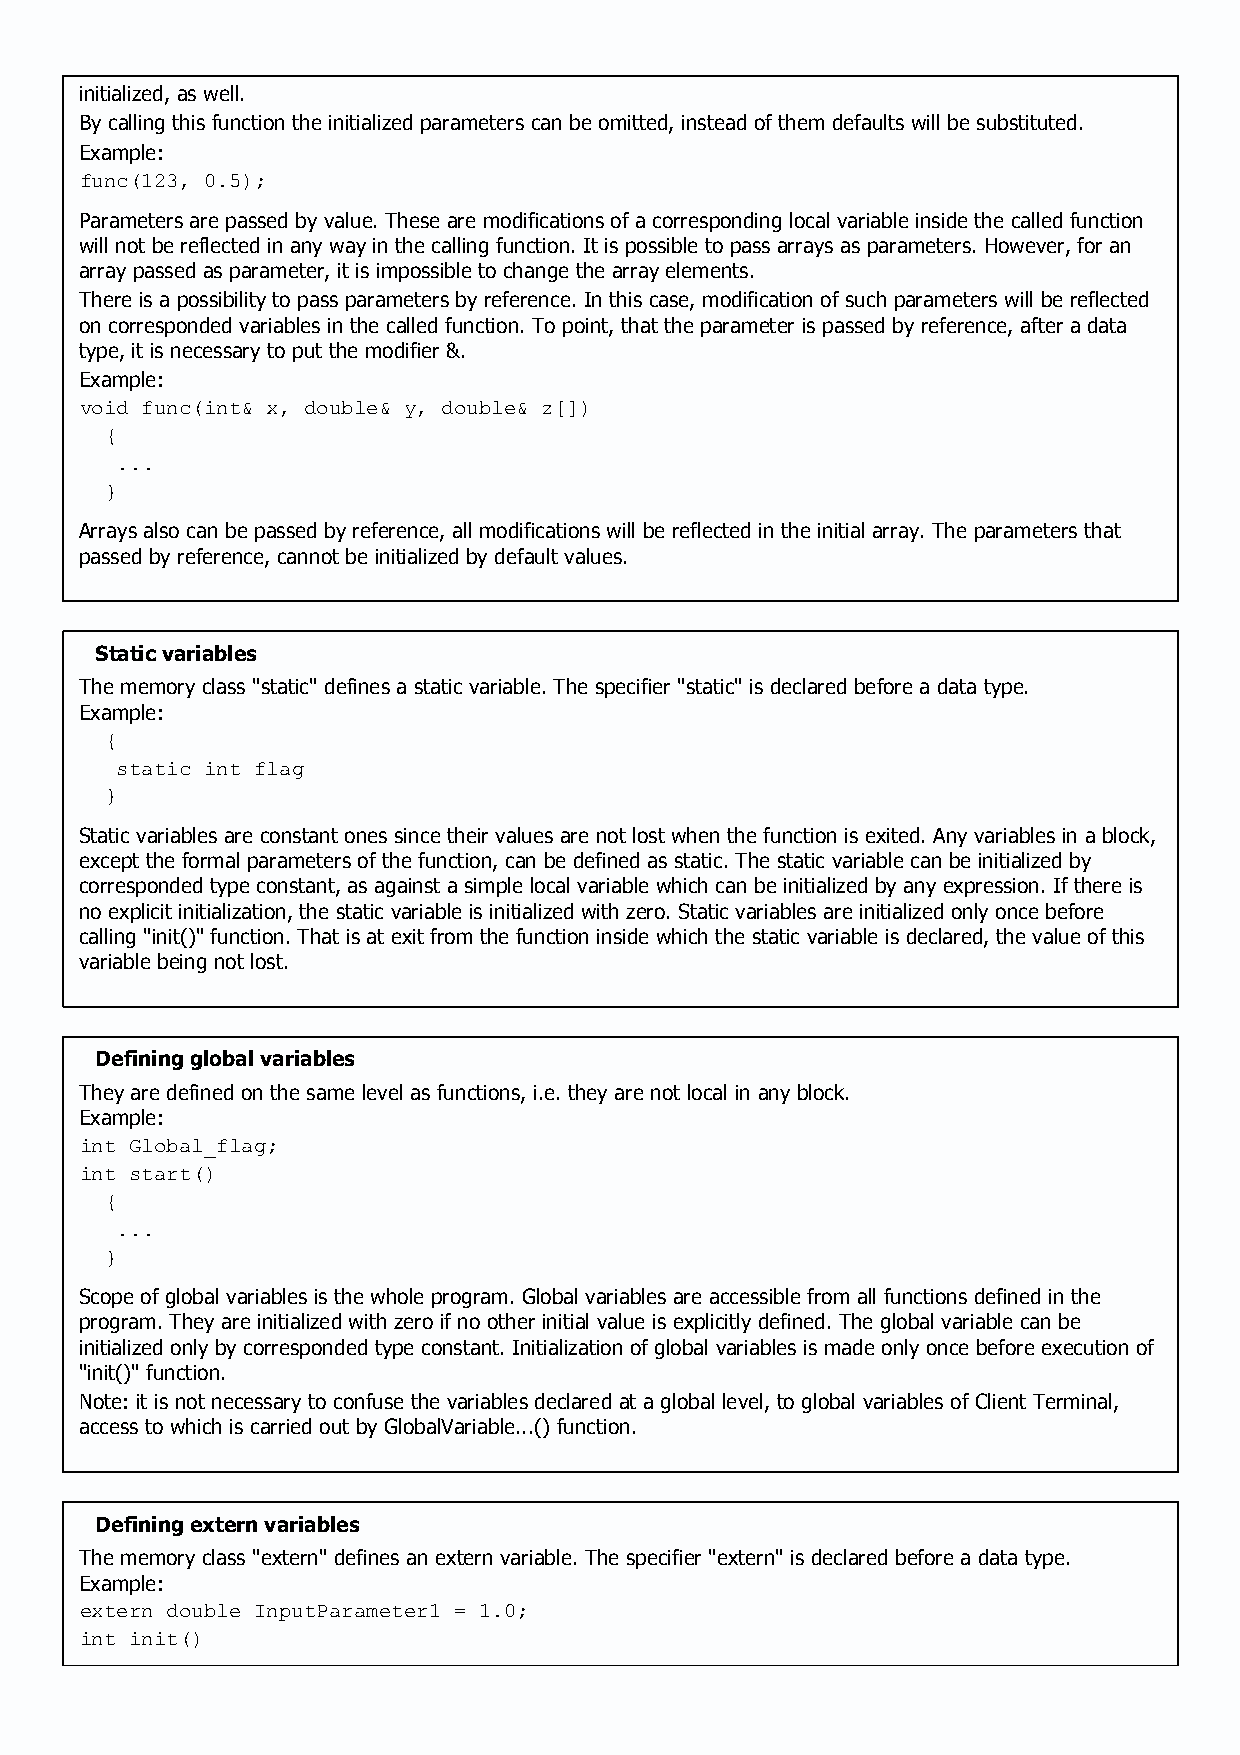
initialized, as well.
 By calling this function the initialized parameters can be omitted, instead of them defaults will be substituted.
 Example:
 func(123, 0.5);
 Parameters are passed by value. These are modifications of a corresponding local variable inside the called function
 will not be reflected in any way in the calling function. It is possible to pass arrays as parameters. However, for an
 array passed as parameter, it is impossible to change the array elements.
 There is a possibility to pass parameters by reference. In this case, modification of such parameters will be reflected
 on corresponded variables in the called function. To point, that the parameter is passed by reference, after a data
 type, it is necessary to put the modifier &.
 Example:
 void func(int& x, double& y, double& z[])
 {
 ...
 }
 Arrays also can be passed by reference, all modifications will be reflected in the initial array. The parameters that
 passed by reference, cannot be initialized by default values.
 Static variables
 The memory class "static" defines a static variable. The specifier "static" is declared before a data type.
 Example:
 {
 static int flag
 }
 Static variables are constant ones since their values are not lost when the function is exited. Any variables in a block,
 except the formal parameters of the function, can be defined as static. The static variable can be initialized by
 corresponded type constant, as against a simple local variable which can be initialized by any expression. If there is
 no explicit initialization, the static variable is initialized with zero. Static variables are initialized only once before
 calling "init()" function. That is at exit from the function inside which the static variable is declared, the value of this
 variable being not lost.
 Defining global variables
 They are defined on the same level as functions, i.e. they are not local in any block.
 Example:
 int Global_flag;
 int start()
 {
 ...
 }
 Scope of global variables is the whole program. Global variables are accessible from all functions defined in the
 program. They are initialized with zero if no other initial value is explicitly defined. The global variable can be
 initialized only by corresponded type constant. Initialization of global variables is made only once before execution of
 "init()" function.
 Note: it is not necessary to confuse the variables declared at a global level, to global variables of Client Terminal,
 access to which is carried out by GlobalVariable...() function.
 Defining extern variables
 The memory class "extern" defines an extern variable. The specifier "extern" is declared before a data type.
 Example:
 extern double InputParameter1 = 1.0;
 int init()